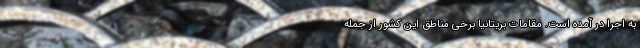
به اجرا در آمده است. مقامات بریتانیا برخی مناطق این کشور از جمله